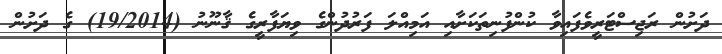
ދަށުން ރަޖިސްޓަރީވެފައިވާ ކުންފުނިތަކަށާއި އަމިއްލަ ފަރުދުންގެ ވިޔަފާރިީގެ ޤާނޫނު (19/2014) ގެ ދަށުން